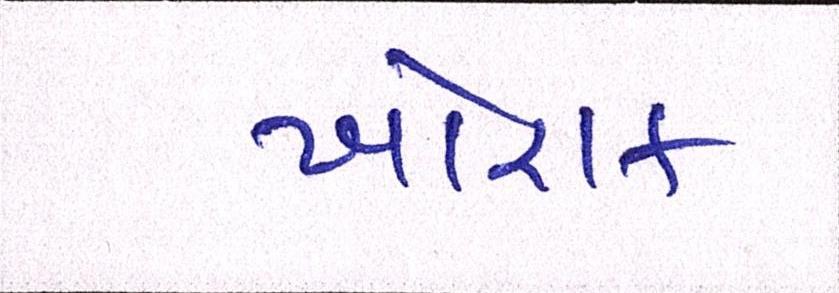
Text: ખોરાક